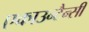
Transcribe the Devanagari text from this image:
एकाउन्टैन्सी